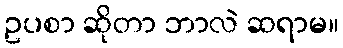
ဥပစာ ဆိုတာ ဘာလဲ ဆရာမ။